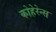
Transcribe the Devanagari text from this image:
कोहेरेन्स